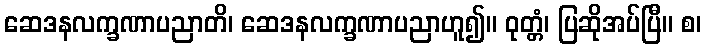
ဆေဒနလက္ခဏာပညာတိ၊ ဆေဒနလက္ခဏာပညာဟူ၍။ ဝုတ္တံ၊ ပြဆိုအပ်ပြီ။ စ၊